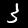
Digit: 3